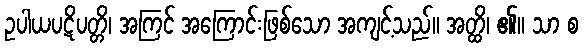
ဥပါယပဋိပတ္တိ၊ အကြင် အကြောင်းဖြစ်သော အကျင့်သည်။ အတ္ထိ၊ ၏။ သာ စ